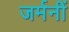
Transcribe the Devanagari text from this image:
जर्मनीं